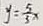
y = \frac { 5 } { 3 } x